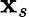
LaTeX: \textbf{x}_{s}